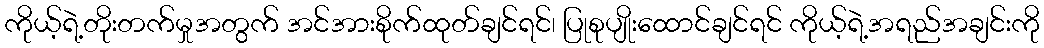
ကိုယ့်ရဲ့တိုးတက်မှုအတွက် အင်အားစိုက်ထုတ်ချင်ရင်၊ ပြုစုပျိုးထောင်ချင်ရင် ကိုယ့်ရဲ့အရည်အချင်းကို